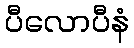
ပီလောပီနံ